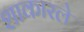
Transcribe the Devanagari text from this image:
शाकारले